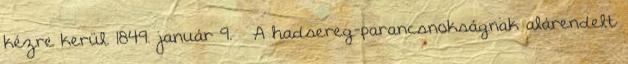
kézre kerül. 1849. január 9. – A hadsereg-parancsnokságnak alárendelt